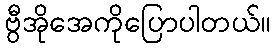
ဗွီအိုအေကိုပြောပါတယ်။